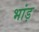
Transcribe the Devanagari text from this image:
भांड़